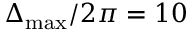
\Delta _ { \mathrm { m a x } } / 2 \pi = 1 0